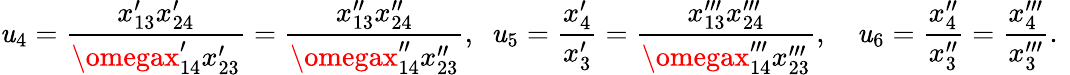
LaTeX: \mathit{u}_{4}=\frac{{x_{13}^{\prime}x_{24}^{\prime}}}{{\omegax_{14}^{\prime}x_{23}^{\prime}}}=\frac{{x_{13}^{\prime\prime}x_{24}^{\prime\prime}}}{{\omegax_{14}^{\prime\prime}x_{23}^{\prime\prime}}},~~\mathit{u}_{5}=\frac{{x_{4}^{\prime}}}{{x_{3}^{\prime}}}=\frac{{x_{13}^{\prime\prime\prime}x_{24}^{\prime\prime\prime}}}{{\omegax_{14}^{\prime\prime\prime}x_{23}^{\prime\prime\prime}}},~~~~\mathit{u}_{6}=\frac{{x_{4}^{\prime\prime}}}{{x_{3}^{\prime\prime}}}=\frac{{x_{4}^{\prime\prime\prime}}}{{x_{3}^{\prime\prime\prime}}}.~